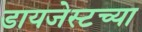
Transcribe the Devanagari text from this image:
डायजेस्टच्या